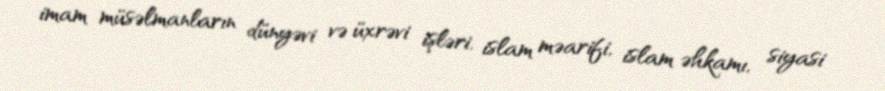
imam müsəlmanların dünyəvi və üxrəvi işləri, islam məarifi, islam əhkamı, siyasi